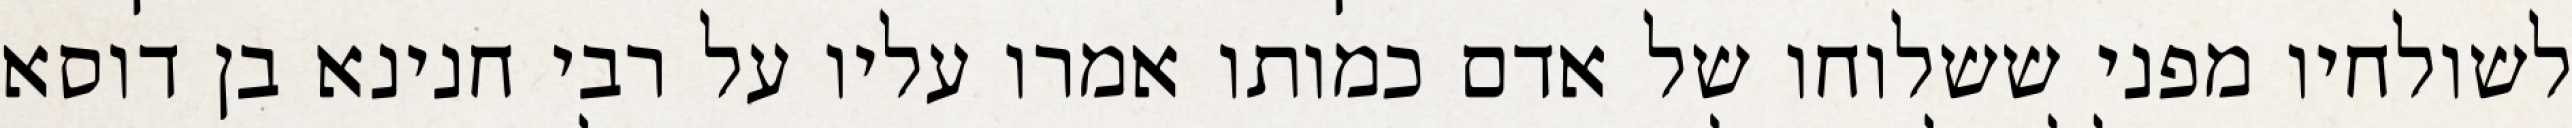
לשולחיו מפני ששלוחו של אדם כמותו אמרו עליו על רבי חנינא בן דוסא